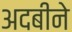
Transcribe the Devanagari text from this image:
अदबीने